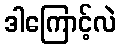
ဒါကြောင့်လဲ